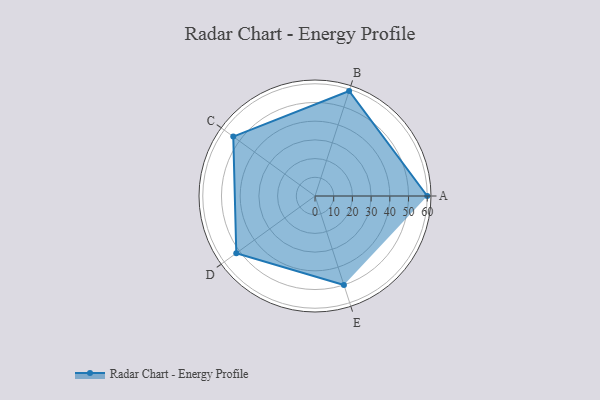
{"axis": {"x": "Skill", "y": "Score"}, "legend": ["Profile"], "data": [{"x": "A", "y": 60.0, "type": "Profile"}, {"x": "B", "y": 59.0, "type": "Profile"}, {"x": "C", "y": 54.0, "type": "Profile"}, {"x": "D", "y": 52.0, "type": "Profile"}, {"x": "E", "y": 50.0, "type": "Profile"}]}